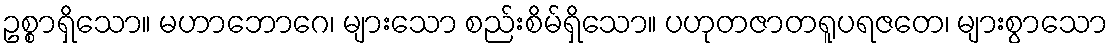
ဥစ္စာရှိသော။ မဟာဘောဂေ၊ များသော စည်းစိမ်ရှိသော။ ပဟုတဇာတရူပရဇတေ၊ များစွာသော